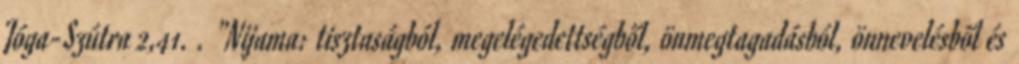
Jóga-Szútra 2,41. . "Nijama: tisztaságból, megelégedettségből, önmegtagadásból, önnevelésből és